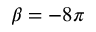
\beta = - 8 \pi